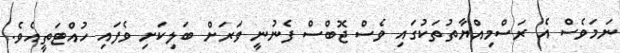
ނަމަވެސް އެ ރަސްމިއްޔާތުތަކުގައި ވެސް ޖޮބްސް ފެނުނީ ވަރަށް ބަލިކަށި ވެފައި ހުއްޓަތީއެވެ.